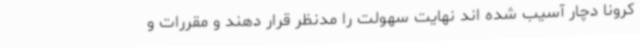
کرونا دچار آسیب شده اند نهایت سهولت را مدنظر قرار دهند و مقررات و